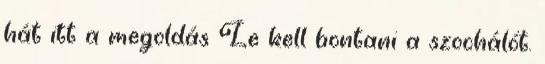
hát itt a megoldás Le kell bontani a szochálót.